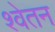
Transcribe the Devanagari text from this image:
श्वेतन